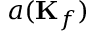
a ( \mathbf { K } _ { f } )